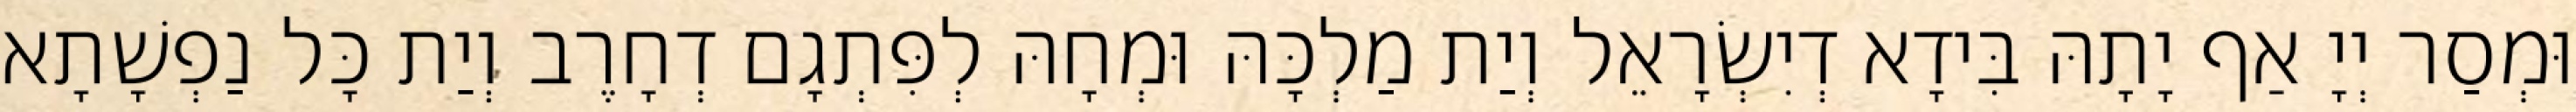
וּמְסַר יְיָ אַף יָתָהּ בִּידָא דְיִשְׂרָאֵל וְיַת מַלְכָּהּ וּמְחָהּ לְפִּתְגָם דְחָרֶב וְיַת כָּל נַפְשָׁתָא